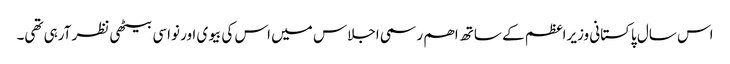
اس سال پاکستانی وزیراعظم کے ساتھ اھم رسمی اجلاس میں اس کی بیوی اور نواسی بیٹھی نظر آرہی تھی۔